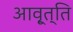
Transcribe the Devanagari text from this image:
आवृ्त्ति